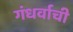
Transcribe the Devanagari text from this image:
गंधर्वाची